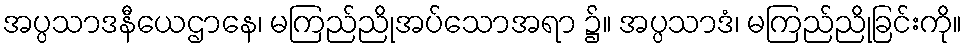
အပ္ပသာဒနီယေဌာနေ၊ မကြည်ညိုအပ်သောအရာ ၌။ အပ္ပသာဒံ၊ မကြည်ညိုခြင်းကို။